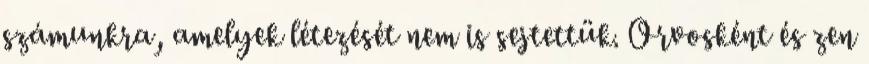
számunkra, amelyek létezését nem is sejtettük. Orvosként és zen